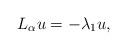
LaTeX: \begin{align*}L_{\alpha }u=-\lambda _{1}u, \end{align*}